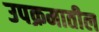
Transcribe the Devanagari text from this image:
उपक्रमातील